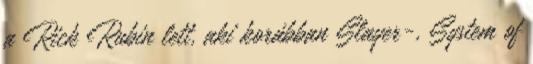
a Rick Rubin lett, aki korábban Slayer-, System of